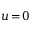
u \! = \! 0